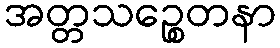
အတ္တသဉ္စေတနာ